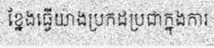
ខ្នែងធ្វើយ៉ាងប្រកដប្រជាក្នុងការ